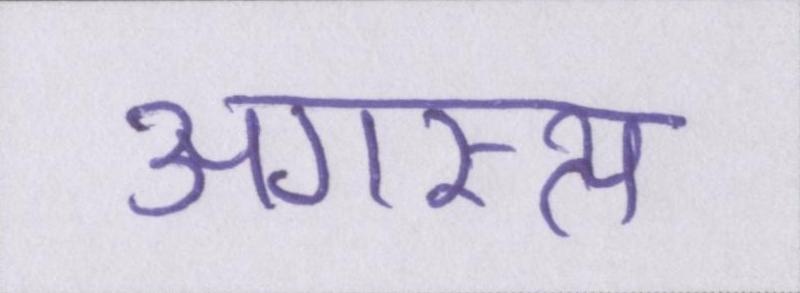
अगस्त्य